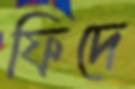
ফিদে